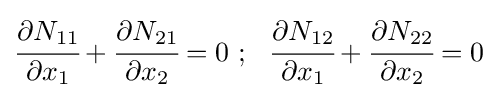
{\cfrac {\partial N_{11}}{\partial x_{1}}}+{\cfrac {\partial N_{21}}{\partial x_{2}}}=0~;~~{\cfrac {\partial N_{12}}{\partial x_{1}}}+{\cfrac {\partial N_{22}}{\partial x_{2}}}=0